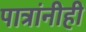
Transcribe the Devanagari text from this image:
पात्रांनीही